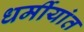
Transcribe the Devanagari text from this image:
धर्मीयांत